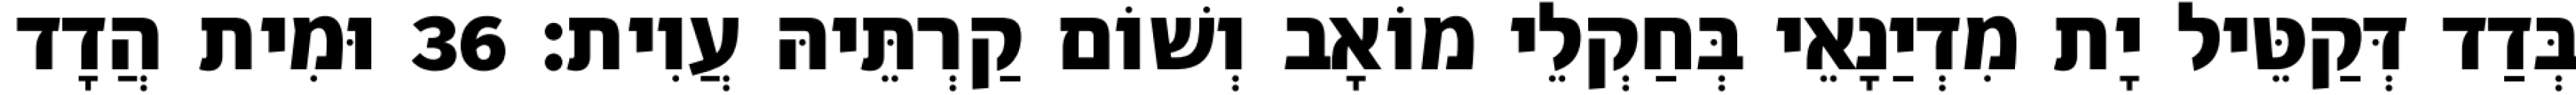
בְּדַד דְּקַטֵּיל יָת מִדְיַנָאֵי בְּחַקְלֵי מוֹאָב וְשׁוֹם קַרְתֵּיהּ עֲוִית׃ 36 וּמִית הֲדָד